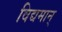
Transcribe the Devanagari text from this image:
विद्यमान्